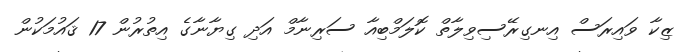
ޒިކާ ވައިރަސް އިނގިރޭސިވިލާތް ކޮލަމްބިއާ ސަރިނާމް އަދި ގިޔާނާގެ އިތުރުން 17 ޤައުމަކުން